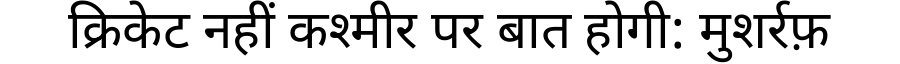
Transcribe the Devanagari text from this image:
क्रिकेट नहीं कश्मीर पर बात होगी: मुशर्रफ़